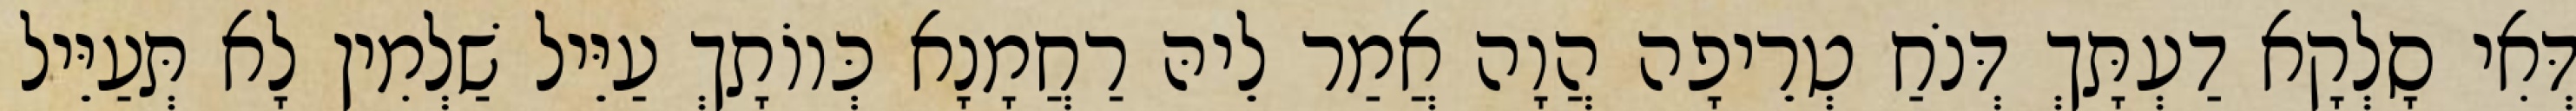
דְּאִי סָלְקָא דַעְתָּךְ דְּנֹחַ טְרֵיפָה הֲוָה אֲמַר לֵיהּ רַחֲמָנָא כְּווֹתָךְ עַיֵּיל שַׁלְמִין לָא תְּעַיֵּיל